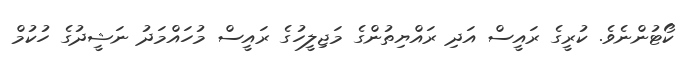
ކޯޓުންނެވެ. ކުރީގެ ރައީސް އަދި ރައްޔިތުންގެ މަޖިލީހުގެ ރައީސް މުހައްމަދު ނަޝީދުގެ ހުކުމް